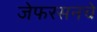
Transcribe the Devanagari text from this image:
जेफरसनचे